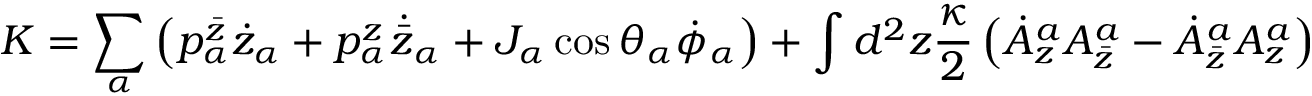
K = \sum _ { \alpha } \left( p _ { \alpha } ^ { \bar { z } } \dot { z } _ { \alpha } + p _ { \alpha } ^ { z } \dot { { \bar { z } } } _ { \alpha } + J _ { \alpha } \cos \theta _ { \alpha } \dot { \phi } _ { \alpha } \right) + \int d ^ { 2 } z { \frac { \kappa } { 2 } } \left( \dot { A } _ { z } ^ { a } A _ { \bar { z } } ^ { a } - \dot { A } _ { \bar { z } } ^ { a } A _ { z } ^ { a } \right)